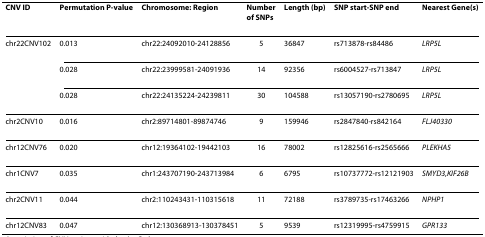
| CNV ID | Permutation P-value | Chromosome: Region | Number of SNPs | Length (bp) | SNP start-SNP end | Nearest Gene(s) |
 | --- | --- | --- | --- | --- | --- | --- |
 | chr22CNV102 | 0.013 | chr22:24092010-24128856 | 5 | 36847 | rs713878-rs84486 | LRP5L |
 |  | 0.028 | chr22:23999581-24091936 | 14 | 92356 | rs6004527-rs713847 | LRP5L |
 |  | 0.028 | chr22:24135224-24239811 | 30 | 104588 | rs13057190-rs2780695 | LRP5L |
 | chr2CNV10 | 0.016 | chr2:89714801-89874746 | 9 | 159946 | rs2847840-rs842164 | FLJ40330 |
 | chr12CNV76 | 0.020 | chr12:19364102-19442103 | 16 | 78002 | rs12825616-rs2565666 | PLEKHA5 |
 | chr1CNV7 | 0.035 | chr1:243707190-243713984 | 6 | 6795 | rs10737772-rs12121903 | SMYD3,KIF26B |
 | chr2CNV11 | 0.044 | chr2:110243431-110315618 | 11 | 72188 | rs3789735-rs17463266 | NPHP1 |
 | chr12CNV83 | 0.047 | chr12:130368913-130378451 | 5 | 9539 | rs12319995-rs4759915 | GPR133 |